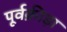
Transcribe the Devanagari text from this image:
पूर्वक्रीड़ा